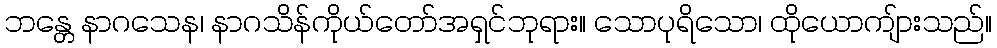
ဘန္တေ နာဂသေန၊ နာဂသိန်ကိုယ်တော်အရှင်ဘုရား။ သောပုရိသော၊ ထိုယောကျ်ားသည်။